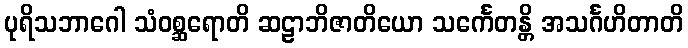
ပုရိသဘာဂေါ သံဝစ္ဆရောတိ ဆဠာဘိဇာတိယော သင်္ကေတန္တိ အသင်္ဂဟိတာတိ